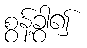
စွန့်ခွာ၍